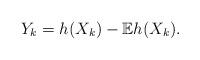
LaTeX: \begin{align*}Y_{k}=h(X_{k})-{\mathbb{E}}h(X_{k}).\end{align*}